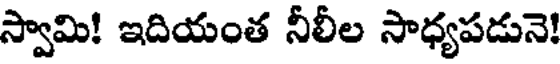
స్వామి! ఇదియంత నీలీల సాధ్యపడునె!